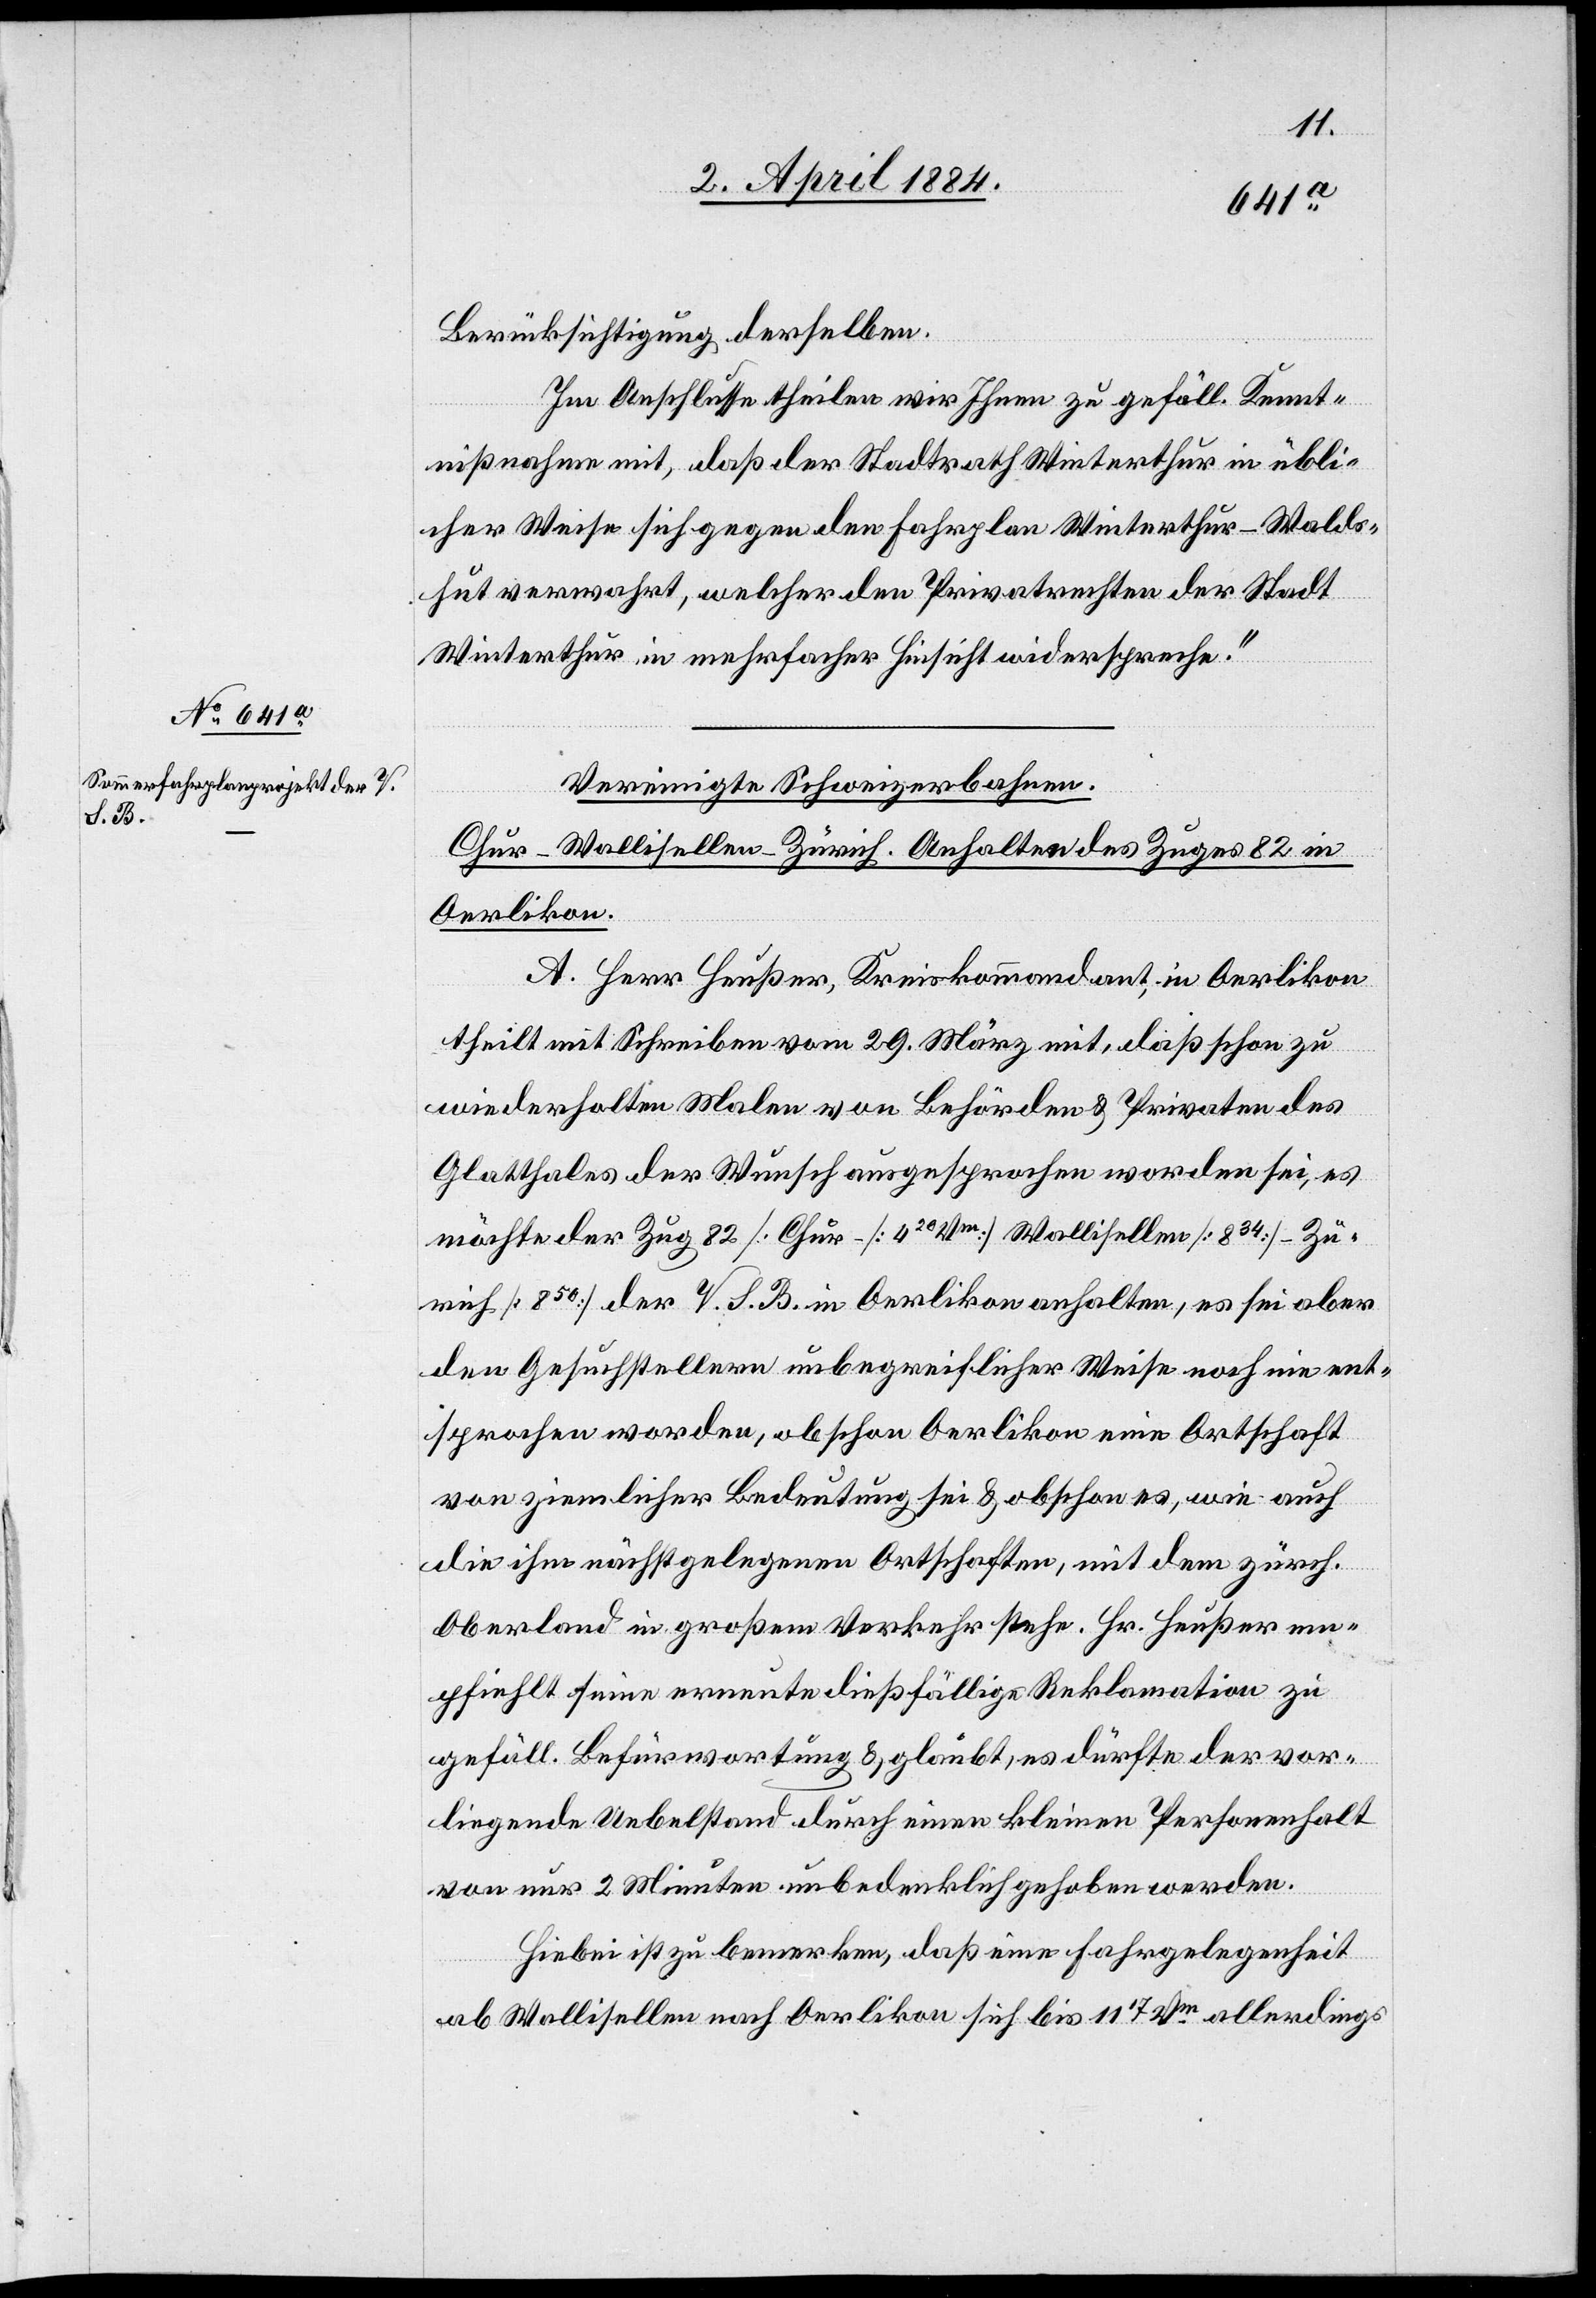
Berücksichtigung derselben.
Im Anschlusse theilen wir Ihnen zu gefäll. Kennt¬
nißnahme mit, daß der Stadtrathe Winterthur in übli¬
cher Weise sich gegen den Fahrplan Winterthur–Walds¬
hut verwahrt, welcher den Privatrechten der Stadt
Winterthur in mehrfacher Hinsicht widerspreche.“
Vereinigte Schweizerbahnen.
Chur–Wallisellen–Zürich. Anhalten des Zuges 82 in
Oerlikon.
A. Herr Heußer, Kreiskommandant, in Oerlikon
theilt mit Schreiben vom 29. März mit, daß schon zu
wiederholten Malen von Behörden & Privaten des
Glatthales der Wunsch ausgesprochen worden sei, es
möchte der Zug 82 [Chur [420 Vm] Wallisellen [834] Zü¬
rich [850]] der V. S. B. in Oerlikon anhalten, es sei aber
den Gesuchstellern unbegreiflicher Weise noch nie ent¬
sprochen worden, obschon Oerlikon eine Ortschaft
von ziemlicher Bedeutung sei & obschon es, wie auch
die ihm nächstgelegenen Ortschaften, mit dem zürch.
Oberland in großem Verkehr stehe. Hr. Heußer em¬
pfiehlt seine erneute dießfällige Reklamation zu
gefäll. Befürwortung & glaubt, es dürfte der vor¬
liegende Uebelstand durch einen kleinen Personenhalt
von nur 2 Minuten unbedenklich gehoben werden.
Hiebei ist zu bemerken, daß eine Fahrgelegenheit
ab Wallisellen nach Oerlikon sich bis 1117 Vm allerdings